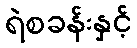
ရဲစခန်းနှင့်